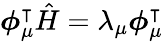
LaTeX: \boldsymbol{\phi}_{\mu}^{\intercal}{\hat{H}}=\lambda_{\mu}\boldsymbol{\phi}_{\mu}^{\intercal}